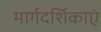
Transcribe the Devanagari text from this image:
मार्गदर्शिकाएं